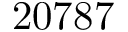
2 0 7 8 7